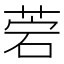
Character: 菪